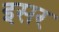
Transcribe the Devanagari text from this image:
इसर